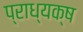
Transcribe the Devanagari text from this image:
प्राध्यक्ष